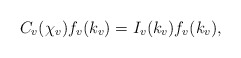
\begin{align*}C_v(\chi_v)f_v(k_v)=I_v(k_v)f_v(k_v),\end{align*}